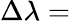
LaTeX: \Delta\lambda=